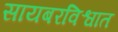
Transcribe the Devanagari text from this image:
सायबरविश्वात